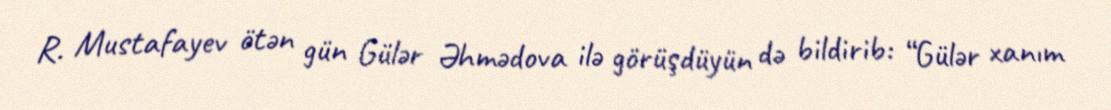
R. Mustafayev ötən gün Gülər Əhmədova ilə görüşdüyün də bildirib: “Gülər xanım